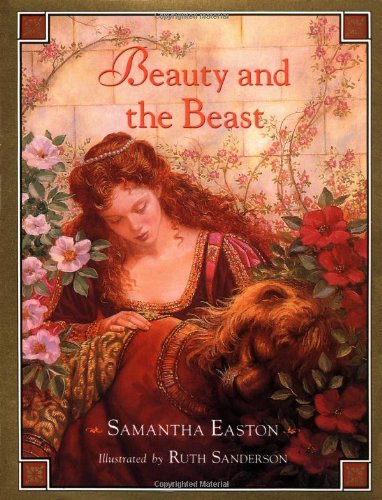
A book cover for Beauty And The Beast (Children's Classics (Andrews McMeel)); Samantha Easton; Children's Books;